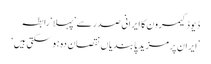
ڈیوڈ کیمرون کا ایرانی صدر سے ’پہلا‘ رابطہ
’ایران پر مزید پابندیاں نقصان دہ ہو سکتی ہیں‘